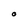
Character: O